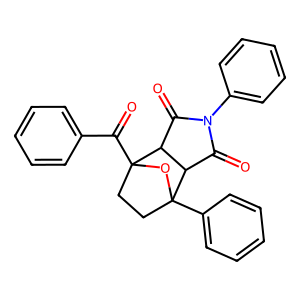
SMILES: O=C1C2C(C(=O)N1c1ccccc1)C1(c3ccccc3)CCC2(C(=O)c2ccccc2)O1
Inhibits HIV replication: No